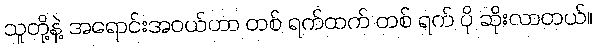
သူတို့နဲ့ အရောင်းအဝယ်ဟာ တစ် ရက်ထက် တစ် ရက် ပို ဆိုးလာတယ်။